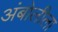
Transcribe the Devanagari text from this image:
अंबोलीला